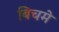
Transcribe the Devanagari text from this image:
बिचमे